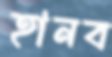
হানব